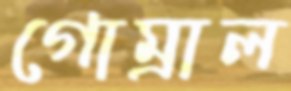
গোম্‌রাল